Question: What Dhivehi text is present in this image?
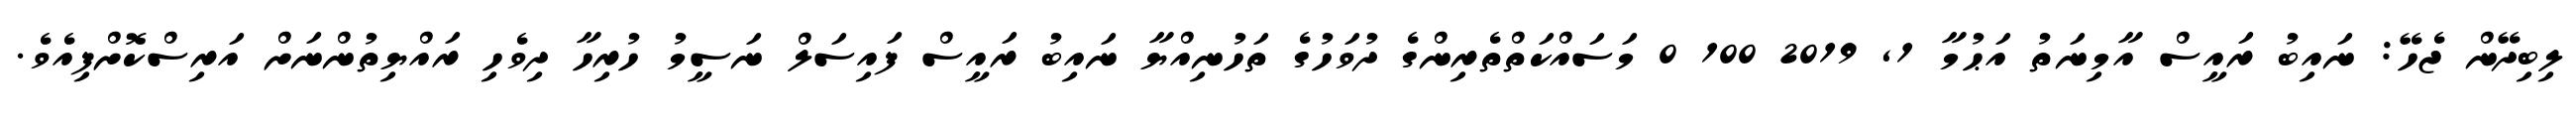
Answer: ލިބިދޭން ޖެހޭ: ނައިބު ރައީސް އާމިނަތު އަޙުމާ 1, 2019 100 0 މަސައްކަތްތެރިންގެ ދުވަހުގެ ތަހުނިއްޔާ ނައިބު ރައީސް ފައިސަލް ނަސީމު ހުރިހާ ދިވެހި ރައްޔިތުންނަށް އަރިސްކޮށްފިއެވެ.